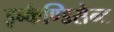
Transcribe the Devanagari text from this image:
इन्कैण्डिसेन्ट